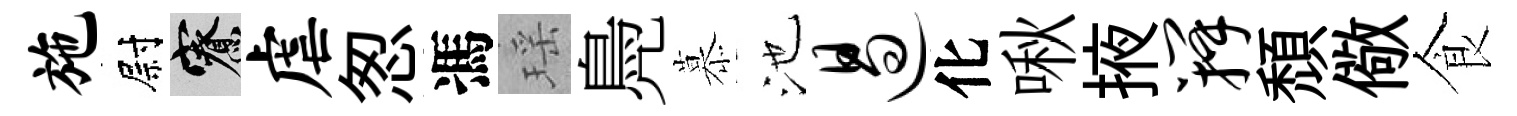
施尉寮虐怱馮瑶鳧慕池遏化啾掖瓣頹儆食